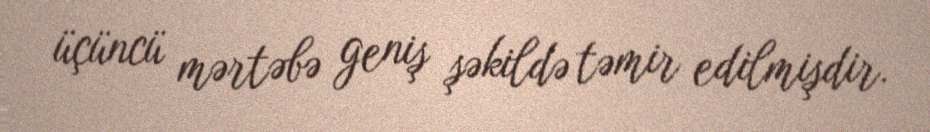
üçüncü mərtəbə geniş şəkildə təmir edilmişdir.